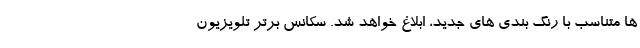
ها متناسب با رنگ بندی های جدید، ابلاغ خواهد شد. سکانس برتر تلویزیون